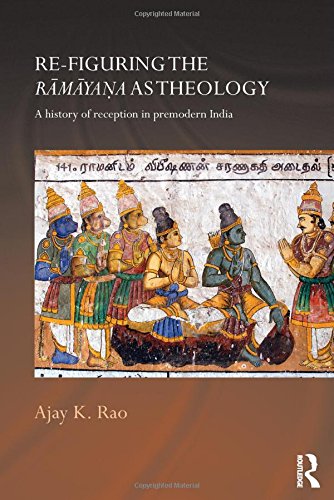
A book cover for Re-figuring the Ramayana as Theology: A History of Reception in Premodern India (Routledge Hindu Studies Series); Ajay K. Rao; Religion & Spirituality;